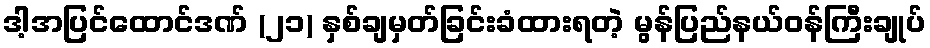
ဒါ့အပြင်ထောင်ဒဏ် (၂၁) နှစ်ချမှတ်ခြင်းခံထားရတဲ့ မွန်ပြည်နယ်ဝန်ကြီးချုပ်